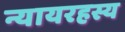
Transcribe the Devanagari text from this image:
न्यायरहस्य